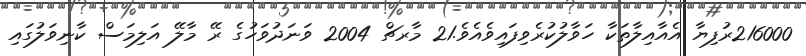
216000ރުފިޔާ އެއާއިލާތަކާ ހަވާލުކުރެވިފައިވެއެވެ.21 މާރޗް 2004 ވަނަދުވަހުގެ ރޭ މާލޭ އަލިމަސް ކާނިވަލުގައި